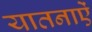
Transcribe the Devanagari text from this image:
यातनाऐं